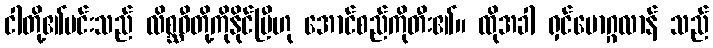
ငါတို့၏မင်းသည် လိစ္ဆဝီတို့ကိုနိုင်ပြီဟု အောင်စည်ကိုတီး၏။ ထိုအခါ ရှင်မောဂ္ဂလာန် သည်